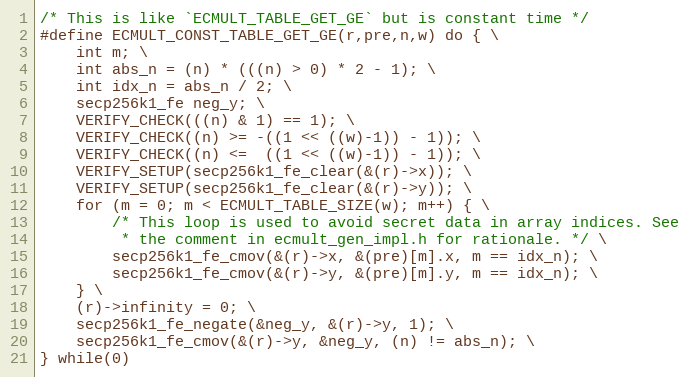
Language: C
/* This is like `ECMULT_TABLE_GET_GE` but is constant time */
#define ECMULT_CONST_TABLE_GET_GE(r,pre,n,w) do { \
    int m; \
    int abs_n = (n) * (((n) > 0) * 2 - 1); \
    int idx_n = abs_n / 2; \
    secp256k1_fe neg_y; \
    VERIFY_CHECK(((n) & 1) == 1); \
    VERIFY_CHECK((n) >= -((1 << ((w)-1)) - 1)); \
    VERIFY_CHECK((n) <=  ((1 << ((w)-1)) - 1)); \
    VERIFY_SETUP(secp256k1_fe_clear(&(r)->x)); \
    VERIFY_SETUP(secp256k1_fe_clear(&(r)->y)); \
    for (m = 0; m < ECMULT_TABLE_SIZE(w); m++) { \
        /* This loop is used to avoid secret data in array indices. See
         * the comment in ecmult_gen_impl.h for rationale. */ \
        secp256k1_fe_cmov(&(r)->x, &(pre)[m].x, m == idx_n); \
        secp256k1_fe_cmov(&(r)->y, &(pre)[m].y, m == idx_n); \
    } \
    (r)->infinity = 0; \
    secp256k1_fe_negate(&neg_y, &(r)->y, 1); \
    secp256k1_fe_cmov(&(r)->y, &neg_y, (n) != abs_n); \
} while(0)